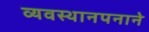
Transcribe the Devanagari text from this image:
व्यवस्थानपनाने